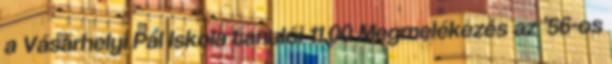
a Vásárhelyi Pál Iskola tanulói 11.00 Megmelékezés az ’56-os